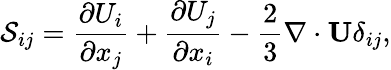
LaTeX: {\cal{S}}_{ij}=\frac{\partial U_{i}}{\partial x_{j}}+\frac{\partial U_{j}}{\partial x_{i}}-\frac{2}{3}\nabla\cdot{\mathbf{U}}\delta_{ij},